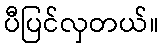
ပီပြင်လှတယ်။